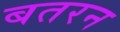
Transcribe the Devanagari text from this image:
बतरन